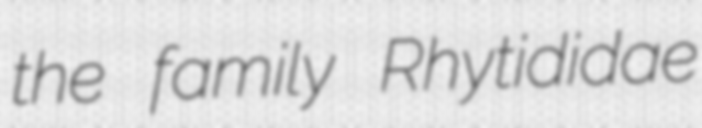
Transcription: the family Rhytididae